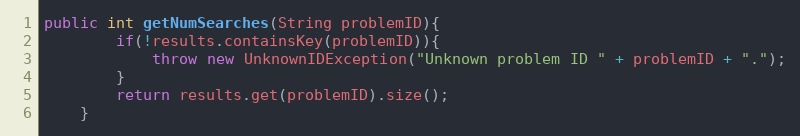
Language: Java
public int getNumSearches(String problemID){
        if(!results.containsKey(problemID)){
            throw new UnknownIDException("Unknown problem ID " + problemID + ".");
        }
        return results.get(problemID).size();
    }